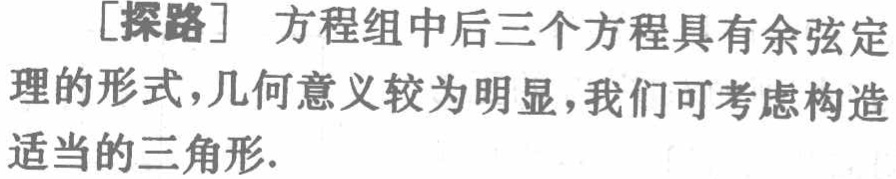
[探路] 方程组中后三个方程具有余弦定理的形式，几何意义较为明显，我们可考虑构造适当的三角形.